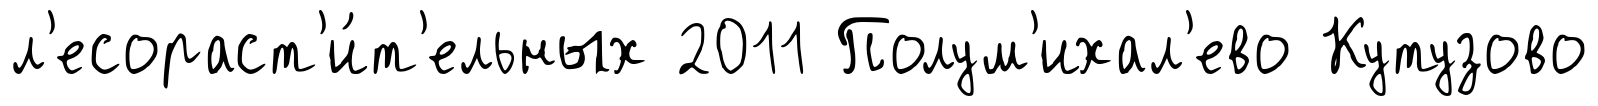
л'есораст'и́т'ельных 2011 Полум'ихал'ево Кутузово